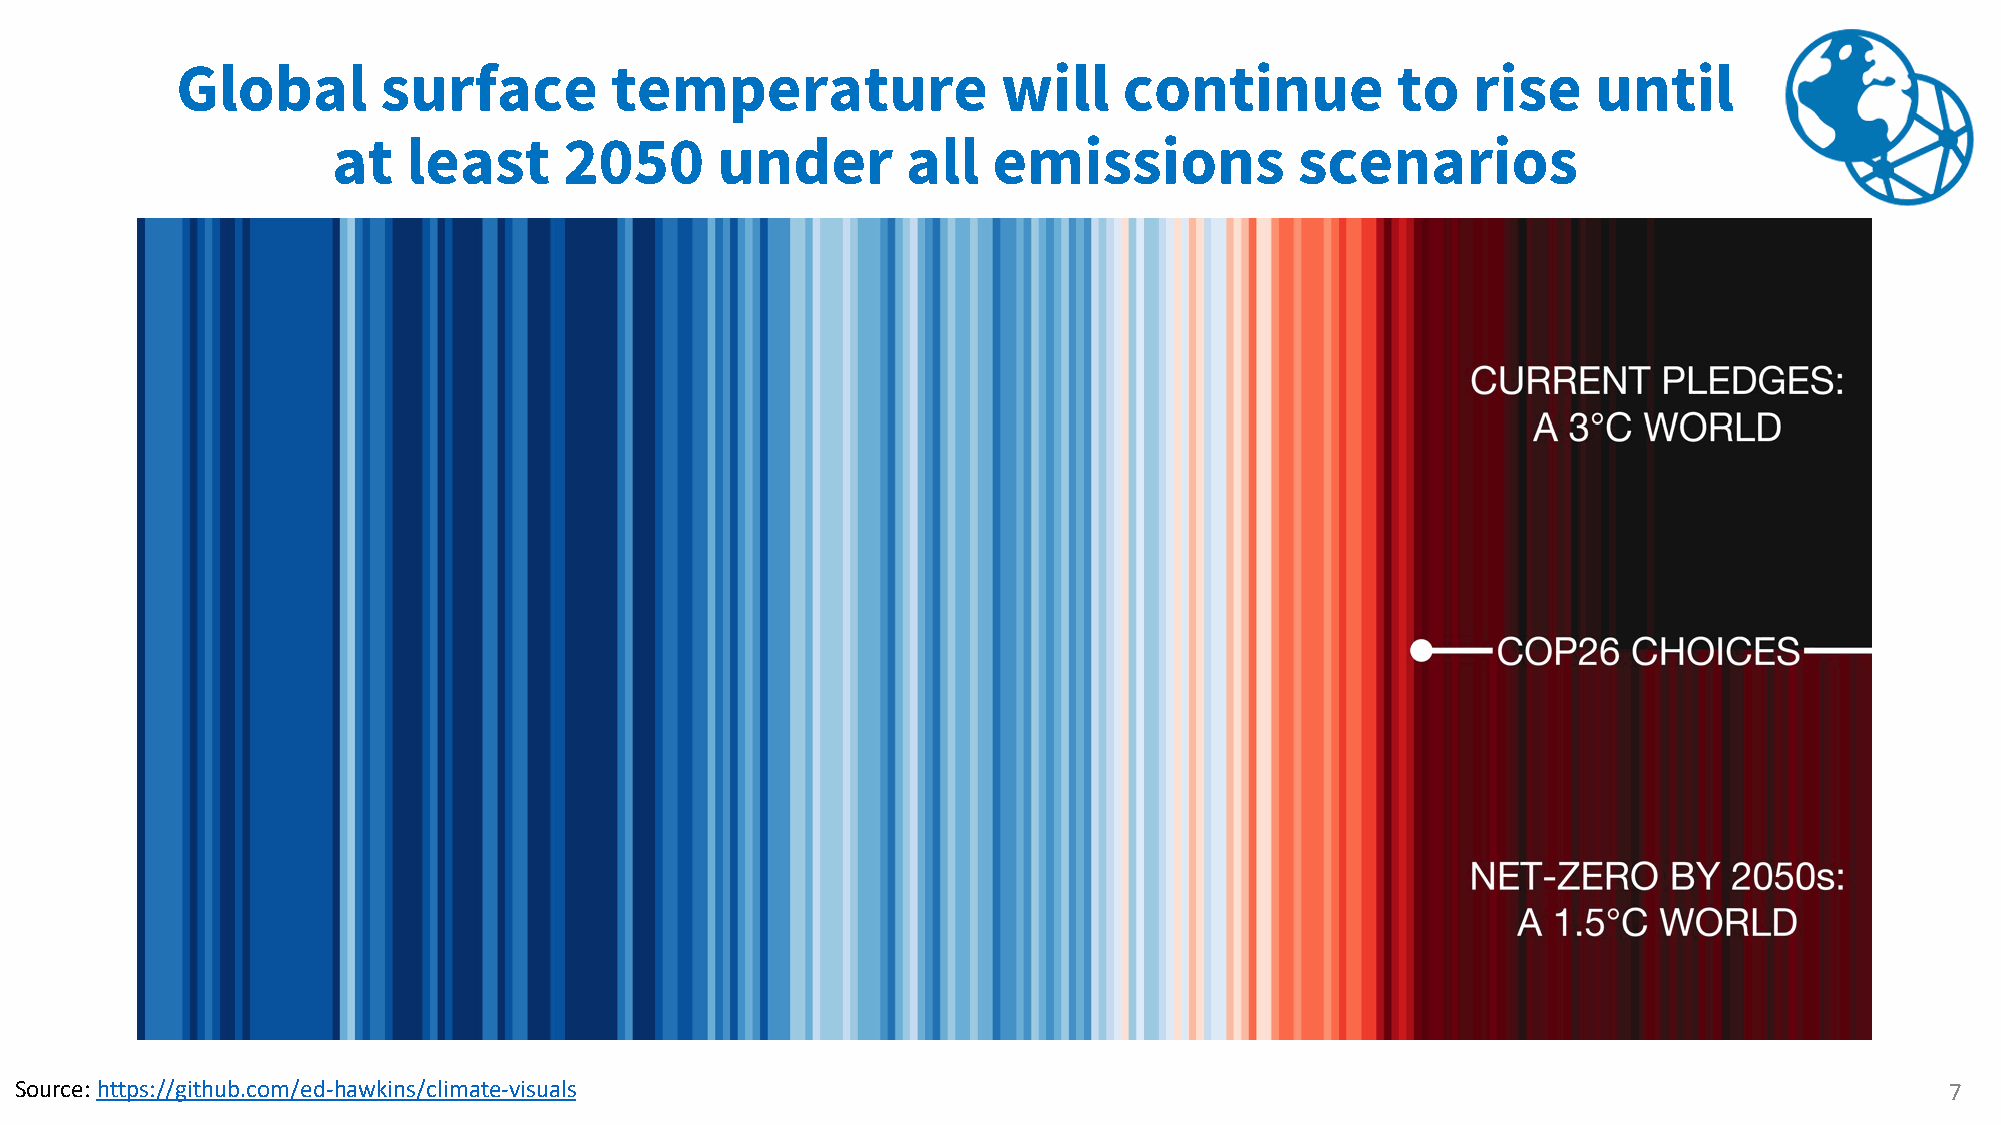
Global       surface        temperature               will    continue          to   rise     until
 at   least     2050      under        all   emissions           scenarios
 Source: https://github.com/ed-hawkins/climate-visuals                                                                           7